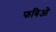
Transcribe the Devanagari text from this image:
फबिओ